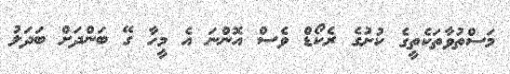
މަސްތުވާތަކެތީގެ ކުށުގެ ރެކޯޑް ވެސް އޮންނަ އެ މީހާ ގޭ ބަންދަށް ބަދަލު